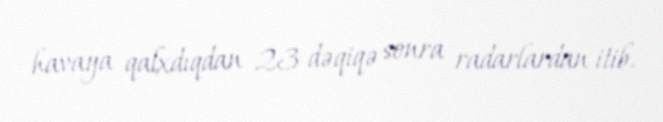
havaya qalxdıqdan 23 dəqiqə sonra radarlardan itib.